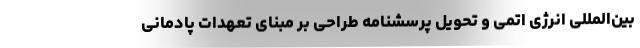
بین‌المللی انرژی اتمی و تحویل پرسشنامه طراحی بر مبنای تعهدات پادمانی